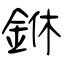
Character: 銝